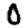
Digit: 0